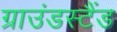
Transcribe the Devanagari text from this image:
ग्राउंडस्टैंड